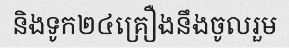
និងទូក២៤គ្រឿងនឹងចូលរួម